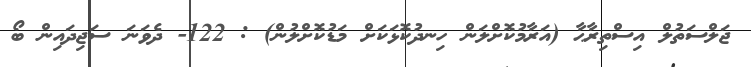
ޖަލްސަތުލް އިސްތިރާޙާ (އަރާމުކޮށްލަން ހިނދުކޮޅަކަށް މަޑުކޮށްލުން) : 122- ދެވަނަ ސަޖިދައިން ބޯ